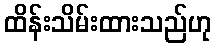
ထိန်းသိမ်းထားသည်ဟု